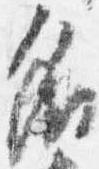
名